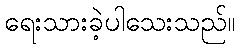
ရေးသားခဲ့ပါသေးသည်။